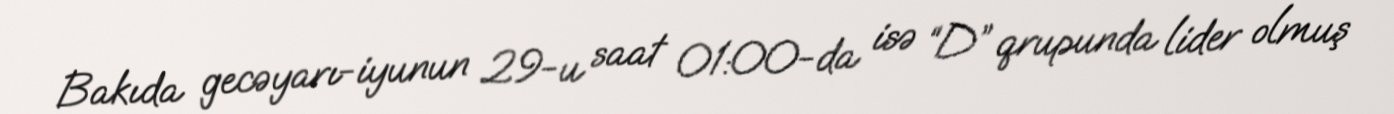
Bakıda gecəyarı-iyunun 29-u saat 01:00-da isə “D” qrupunda lider olmuş